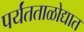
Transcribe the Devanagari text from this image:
पर्यंतताळोद्यात